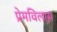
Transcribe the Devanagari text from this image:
प्रेमविलास